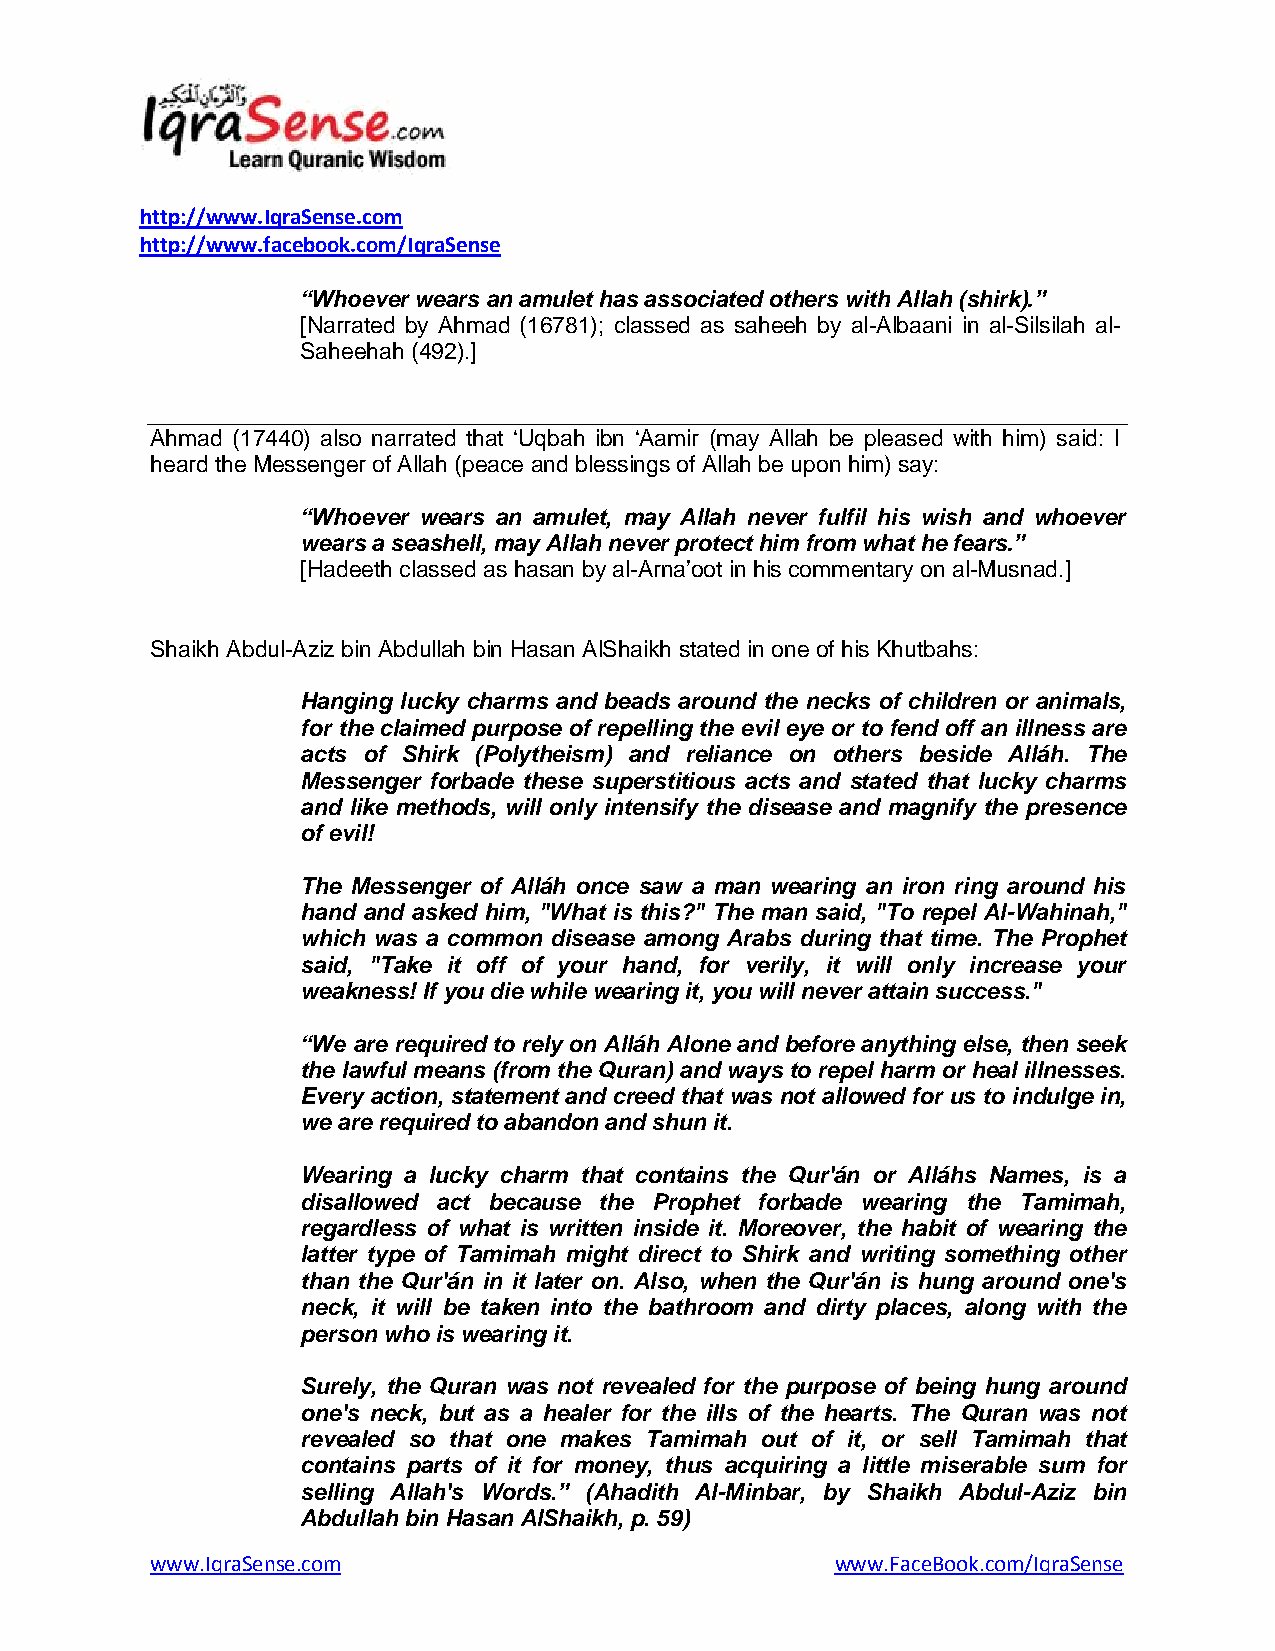
http://www.IqraSense.com
 http://www.facebook.com/IqraSense
 “Whoever wears an amulet has associated others with Allah (shirk).”
 [Narrated by Ahmad (16781); classed as saheeh by al-Albaani in al-Silsilah al-
 Saheehah (492).]
 Ahmad (17440) also narrated that „Uqbah ibn „Aamir (may Allah be pleased with him) said: I
 heard the Messenger of Allah (peace and blessings of Allah be upon him) say:
 “Whoever wears an amulet, may Allah never fulfil his wish and whoever
 wears a seashell, may Allah never protect him from what he fears.”
 [Hadeeth classed as hasan by al-Arna‟oot in his commentary on al-Musnad.]
 Shaikh Abdul-Aziz bin Abdullah bin Hasan AlShaikh stated in one of his Khutbahs:
 Hanging lucky charms and beads around the necks of children or animals,
 for the claimed purpose of repelling the evil eye or to fend off an illness are
 acts of Shirk (Polytheism) and reliance on others beside Alláh. The
 Messenger forbade these superstitious acts and stated that lucky charms
 and like methods, will only intensify the disease and magnify the presence
 of evil!
 The Messenger of Alláh once saw a man wearing an iron ring around his
 hand and asked him, "What is this?" The man said, "To repel Al-Wahinah,"
 which was a common disease among Arabs during that time. The Prophet
 said, "Take it off of your hand, for verily, it will only increase your
 weakness! If you die while wearing it, you will never attain success."
 “We are required to rely on Alláh Alone and before anything else, then seek
 the lawful means (from the Quran) and ways to repel harm or heal illnesses.
 Every action, statement and creed that was not allowed for us to indulge in,
 we are required to abandon and shun it.
 Wearing a lucky charm that contains the Qur'án or Alláhs Names, is a
 disallowed act because the Prophet forbade wearing the Tamimah,
 regardless of what is written inside it. Moreover, the habit of wearing the
 latter type of Tamimah might direct to Shirk and writing something other
 than the Qur'án in it later on. Also, when the Qur'án is hung around one's
 neck, it will be taken into the bathroom and dirty places, along with the
 person who is wearing it.
 Surely, the Quran was not revealed for the purpose of being hung around
 one's neck, but as a healer for the iIIs of the hearts. The Quran was not
 revealed so that one makes Tamimah out of it, or sell Tamimah that
 contains parts of it for money, thus acquiring a little miserable sum for
 selling Allah's Words.” (Ahadith Al-Minbar, by Shaikh Abdul-Aziz bin
 Abdullah bin Hasan AlShaikh, p. 59)
 www.IqraSense.com                            www.FaceBook.com/IqraSense